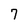
Character: 7